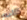
كاليه